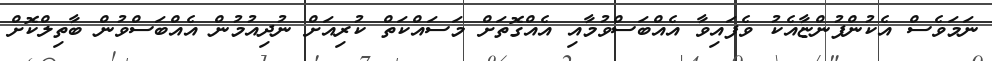
ނަމަވެސް އެކުންފުންޏާއެކު ވެފައިވާ އެއްބަސްވުމާއި އެއްގޮތަށް މަސައްކަތް ކުރިއަށް ނުދިއުމުން އެއްބަސްވުން ބާތިލްކޮށް